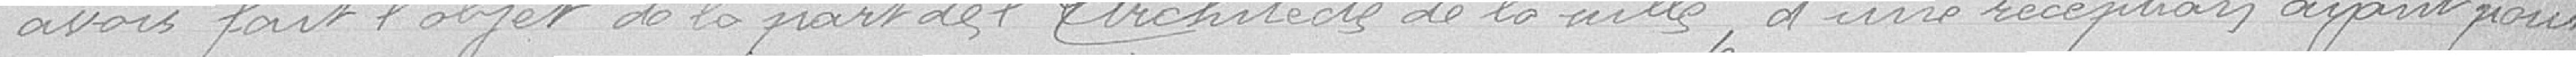
avoir fait l'objet de la part de l'Architecte de la ville, d'une réception ayant pour